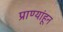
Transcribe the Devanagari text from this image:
प्राण्यांहून